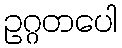
ဥဂ္ဂတပေါ